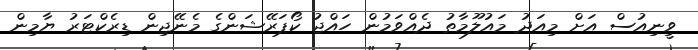
ވީނިއުސް އަށް މިއަދު މައުލޫމާތު ދެއްވަމުން ހައްޖު ކޯޕަރޭޝަންގެ މެނޭޖިން ޑިރެކްޓަރު ޔާމިން